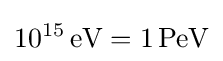
10^{15}\,{\text{eV}}=1\,{\text{PeV}}